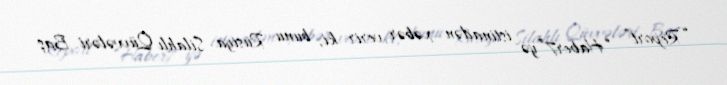
“Report” “Haber7”yə istinadən xəbər verir ki, bunu Rusiya Silahlı Qüvvələri Baş